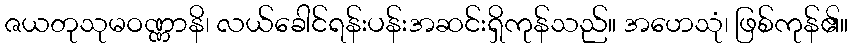
ဇယတုသုမဝဏ္ဏာနိ၊ လယ်ခေါင်ရန်းပန်းအဆင်းရှိကုန်သည်။ အဟေသုံ၊ ဖြစ်ကုန်၏။